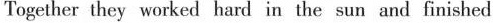
Together they worked hard in the sun and finished